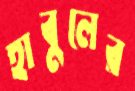
হাবুলের